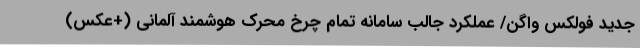
جدید فولکس واگن/ عملکرد جالب سامانه تمام چرخ محرک هوشمند آلمانی (+عکس)